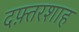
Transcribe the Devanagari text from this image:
दफ़्तरशाह